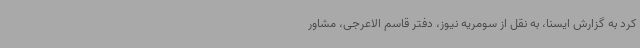
کرد به گزارش ایسنا، به نقل از سومریه نیوز، دفتر قاسم الاعرجی، مشاور